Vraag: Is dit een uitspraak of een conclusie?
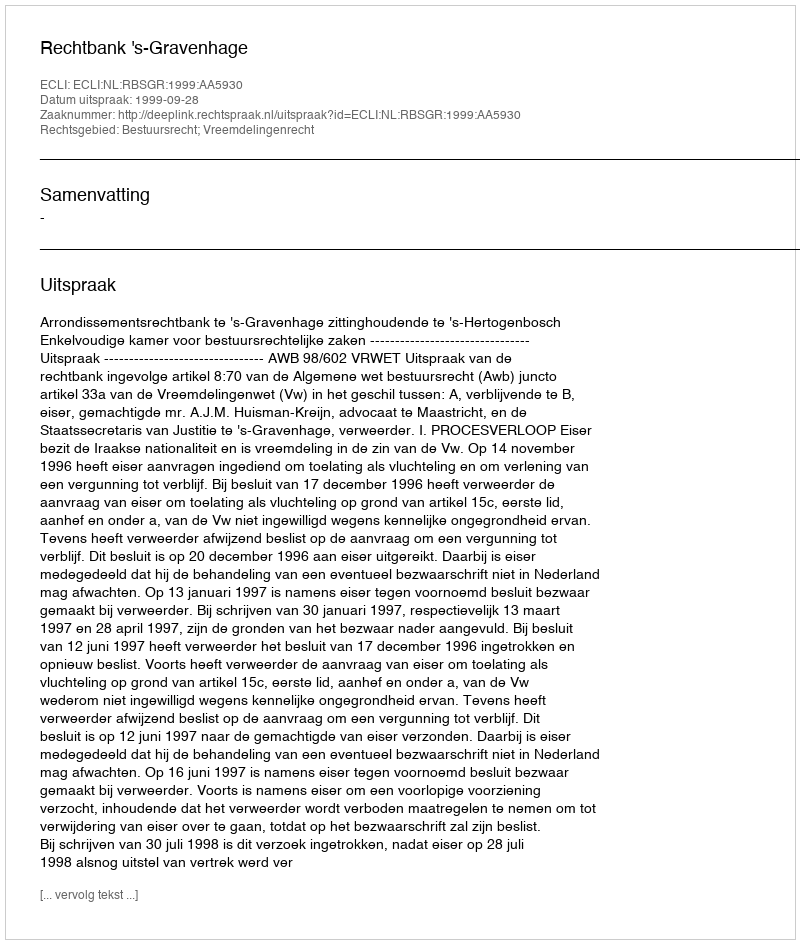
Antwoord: Uitspraak